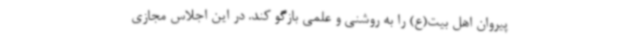
پیروان اهل بیت(ع) را به روشنی و علمی بازگو کند. در این اجلاس مجازی